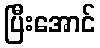
ပြီးအောင်